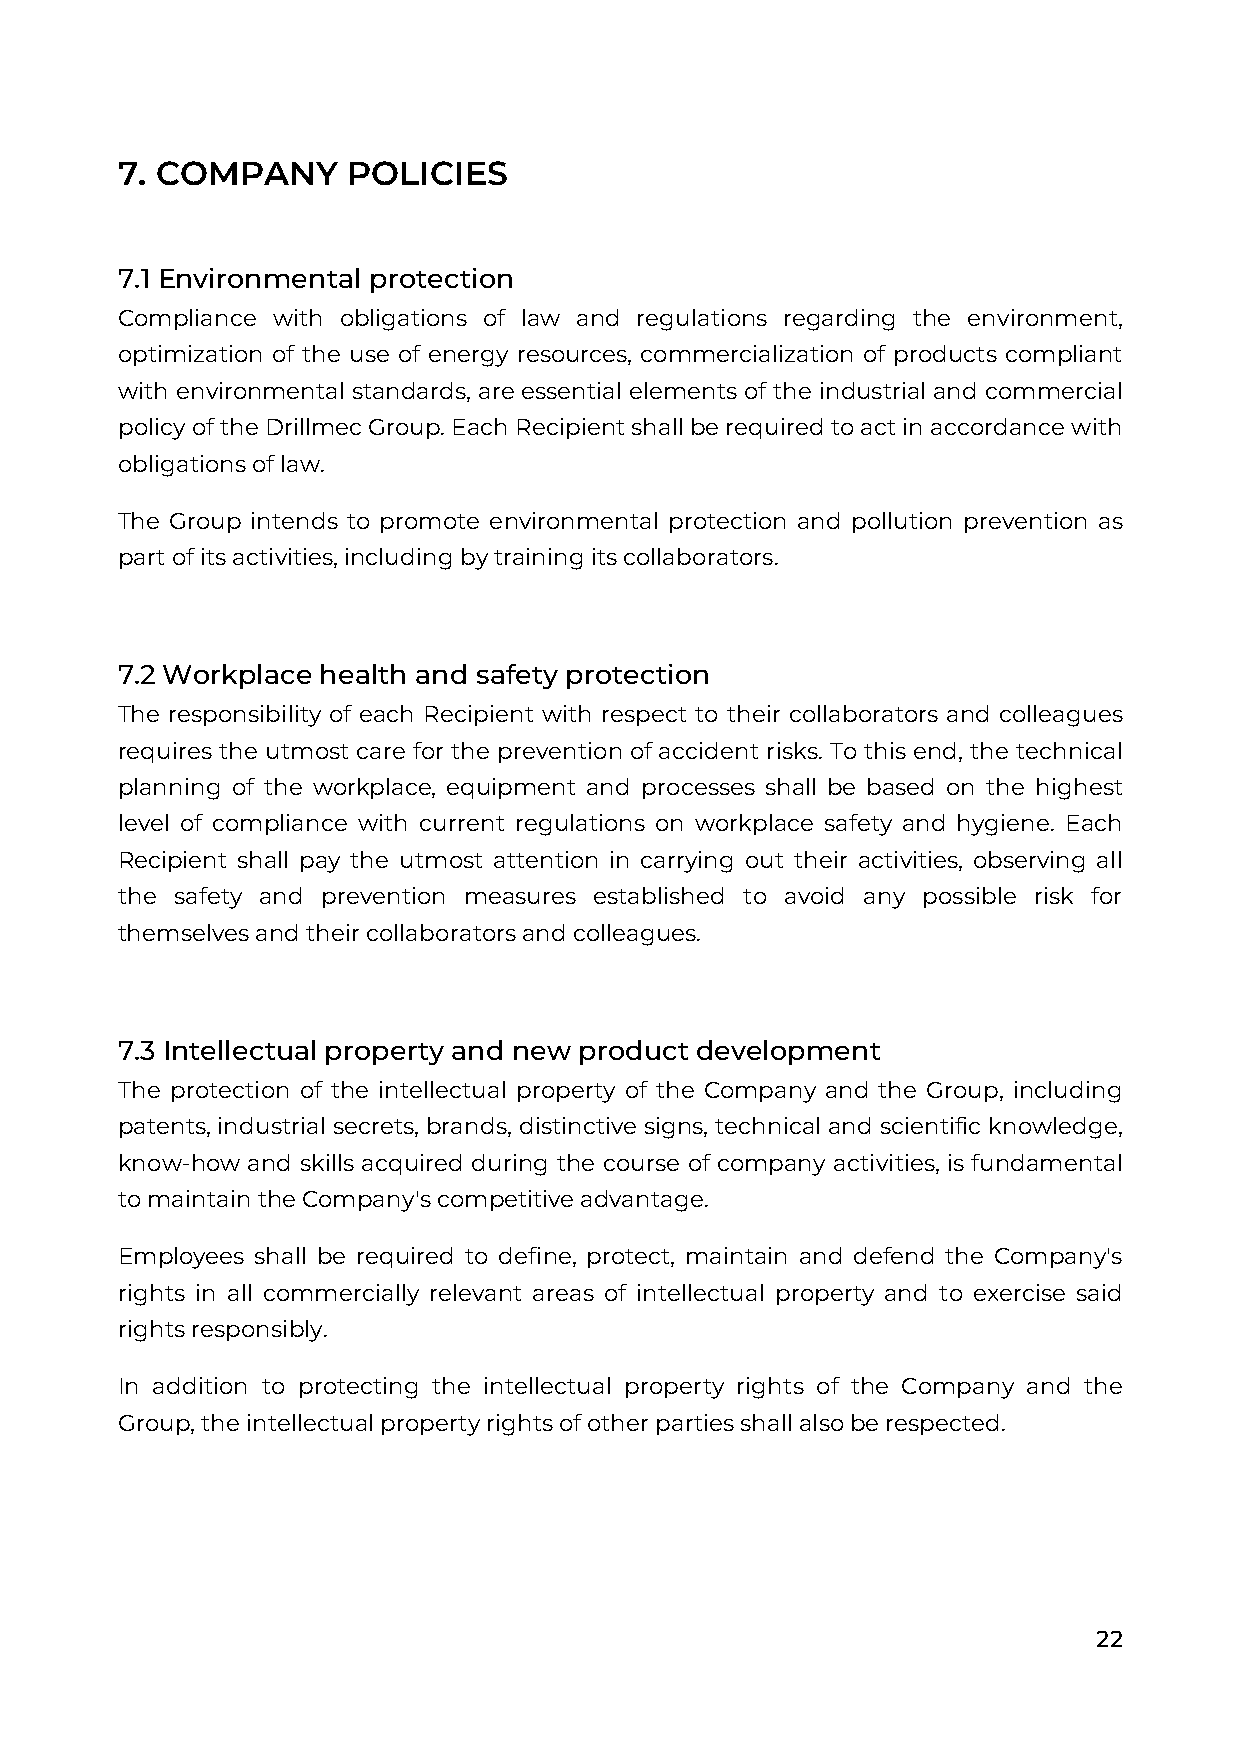
7. COMPANY     POLICIES
 7.1 Environmental protection
 Compliance with obligations of law and regulations regarding the environment,
 optimization of the use of energy resources, commercialization of products compliant
 with environmental standards, are essential elements of the industrial and commercial
 policy of the Drillmec Group. Each Recipient shall be required to act in accordance with
 obligations of law.
 The Group intends to promote environmental protection and pollution prevention as
 part of its activities, including by training its collaborators.
 7.2 Workplace health and safety protection
 The responsibility of each Recipient with respect to their collaborators and colleagues
 requires the utmost care for the prevention of accident risks. To this end, the technical
 planning of the workplace, equipment and processes shall be based on the highest
 level of compliance with current regulations on workplace safety and hygiene. Each
 Recipient shall pay the utmost attention in carrying out their activities, observing all
 the safety and prevention measures established to avoid any possible risk for
 themselves and their collaborators and colleagues.
 7.3 Intellectual property and new product development
 The protection of the intellectual property of the Company and the Group, including
 patents, industrial secrets, brands, distinctive signs, technical and scientific knowledge,
 know-how and skills acquired during the course of company activities, is fundamental
 to maintain the Company's competitive advantage.
 Employees shall be required to define, protect, maintain and defend the Company's
 rights in all commercially relevant areas of intellectual property and to exercise said
 rights responsibly.
 In addition to protecting the intellectual property rights of the Company and the
 Group, the intellectual property rights of other parties shall also be respected.
 22